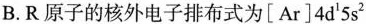
B.R原子的核外电子排布式为[Ar]4d^{1}5s^{2}